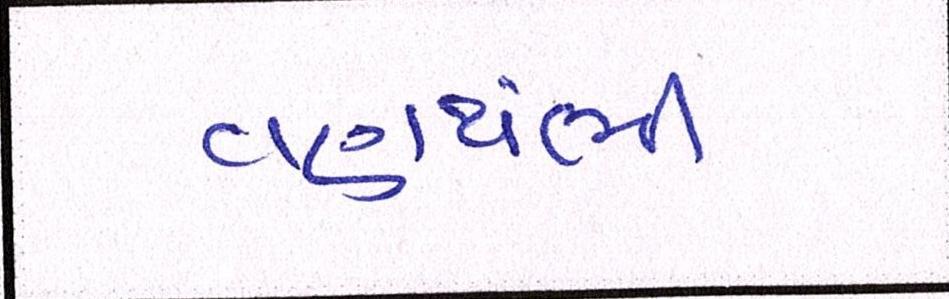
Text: વણથંભી